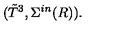
( { \tilde { T } } ^ { 3 } , \Sigma ^ { i n } ( R ) ) .